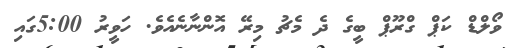
ވޯލްޑް ކަޕް ގްރޫޕް ބީގެ ދެ މެޗު މިރޭ އޮންނާނެއެވެ. ހަވީރު 5:00ގައި